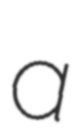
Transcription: a